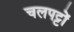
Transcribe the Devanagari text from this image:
चलपट्टों